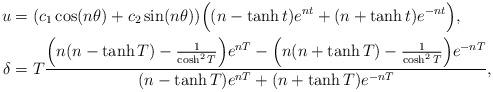
LaTeX: \begin{align*}u&=(c_1\cos (n\theta)+c_2\sin(n\theta))\Big((n-\tanh{t})e^{nt}+(n+\tanh{t})e^{-nt}\Big),\\\delta &= T\frac{\Big(n(n-\tanh{T})-\frac{1}{\cosh^2{T}}\Big) e^{nT}-\Big(n(n+\tanh{T})-\frac{1}{\cosh^2{T}}\Big) e^{-nT}}{(n-\tanh{T})e^{nT}+(n+\tanh{T})e^{-nT}},\end{align*}